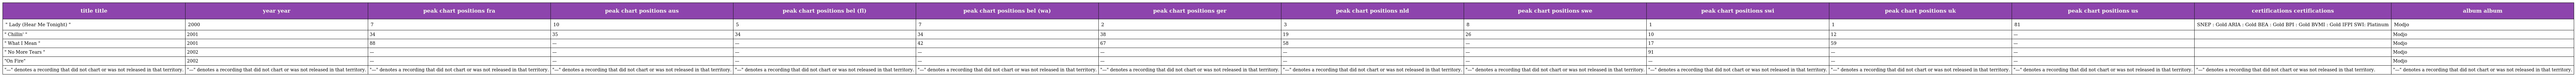
| title title | year year | peak chart positions fra | peak chart positions aus | peak chart positions bel (fl) | peak chart positions bel (wa) | peak chart positions ger | peak chart positions nld | peak chart positions swe | peak chart positions swi | peak chart positions uk | peak chart positions us | certifications certifications | album album |
 | --- | --- | --- | --- | --- | --- | --- | --- | --- | --- | --- | --- | --- | --- |
 | " Lady (Hear Me Tonight) " | 2000 | 7 | 10 | 5 | 7 | 2 | 3 | 8 | 1 | 1 | 81 | SNEP : Gold ARIA : Gold BEA : Gold BPI : Gold BVMI : Gold IFPI SWI: Platinum | Modjo |
 | " Chillin' " | 2001 | 34 | 35 | 34 | 34 | 38 | 19 | 26 | 10 | 12 | — |  | Modjo |
 | " What I Mean " | 2001 | 88 | — | — | 42 | 67 | 58 | — | 17 | 59 | — |  | Modjo |
 | " No More Tears " | 2002 | — | — | — | — | — | — | — | 91 | — | — |  | Modjo |
 | "On Fire" | 2002 | — | — | — | — | — | — | — | — | — | — |  | Modjo |
 | "—" denotes a recording that did not chart or was not released in that territory. | "—" denotes a recording that did not chart or was not released in that territory. | "—" denotes a recording that did not chart or was not released in that territory. | "—" denotes a recording that did not chart or was not released in that territory. | "—" denotes a recording that did not chart or was not released in that territory. | "—" denotes a recording that did not chart or was not released in that territory. | "—" denotes a recording that did not chart or was not released in that territory. | "—" denotes a recording that did not chart or was not released in that territory. | "—" denotes a recording that did not chart or was not released in that territory. | "—" denotes a recording that did not chart or was not released in that territory. | "—" denotes a recording that did not chart or was not released in that territory. | "—" denotes a recording that did not chart or was not released in that territory. | "—" denotes a recording that did not chart or was not released in that territory. | "—" denotes a recording that did not chart or was not released in that territory. |